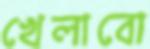
খেলাবো